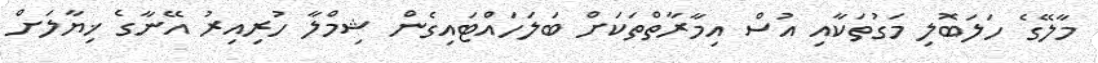
މާލޭގެ ހަލަބޮލި މަގުތަކާއި އުސް އިމާރާތްތަކަށް ބަލަހައްޓައިގެން ޝިމްލާ ހުރިއިރު އޭނާގެ ޚިޔާލަށް